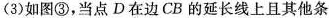
(3)如图③，当点D在边CB的延长线上且其他条